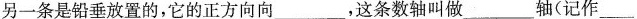
另一条是铅垂放置的，它的正方向向___，这条数轴叫做___轴(记作___